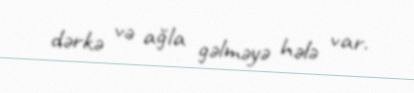
dərkə və ağla gəlməyə hələ var.